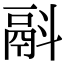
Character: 𩰮